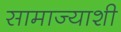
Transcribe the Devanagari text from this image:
सामाज्याशी